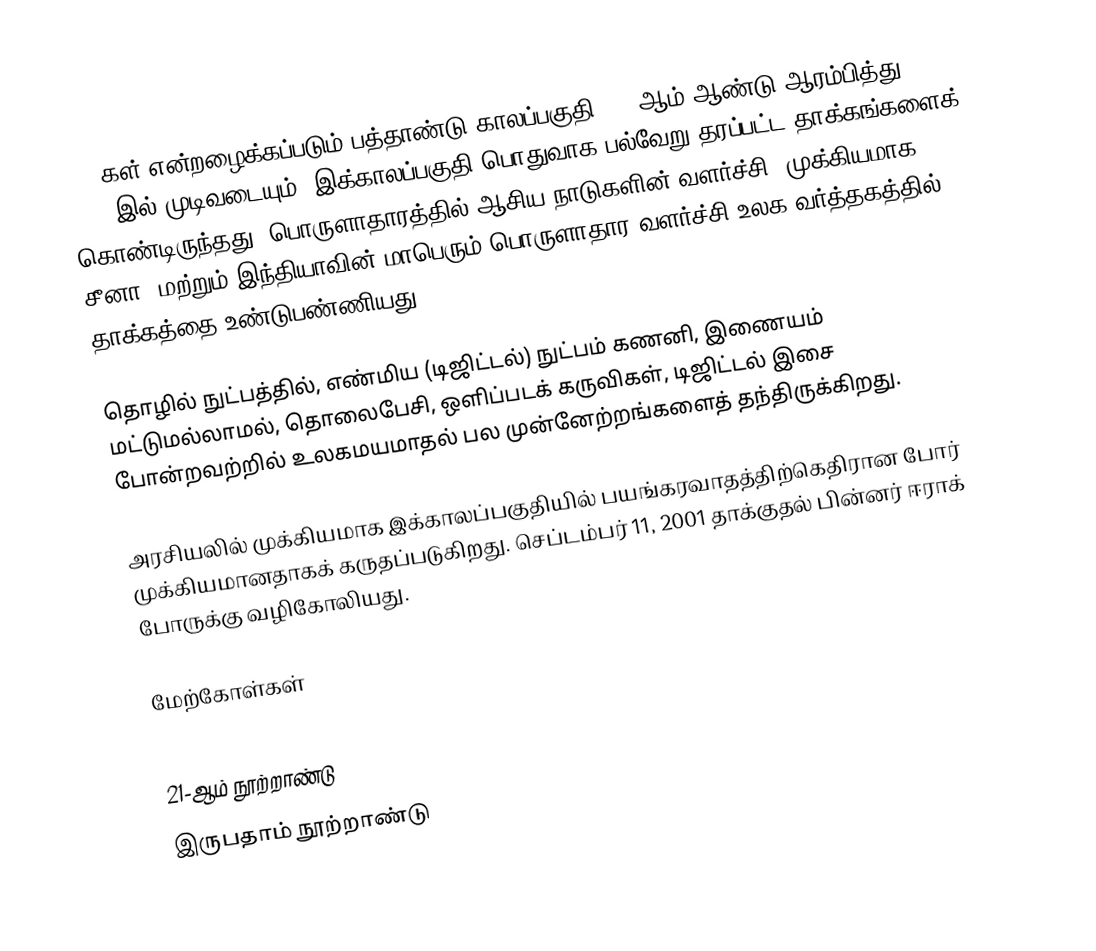
2000கள் என்றழைக்கப்படும் பத்தாண்டு காலப்பகுதி 2000ஆம் ஆண்டு ஆரம்பித்து 2009-இல் முடிவடையும். இக்காலப்பகுதி பொதுவாக பல்வேறு தரப்பட்ட தாக்கங்களைக் கொண்டிருந்தது. பொருளாதாரத்தில் ஆசிய நாடுகளின் வளர்ச்சி, முக்கியமாக சீனா, மற்றும் இந்தியாவின் மாபெரும் பொருளாதார வளர்ச்சி உலக வர்த்தகத்தில் தாக்கத்தை உண்டுபண்ணியது.

தொழில் நுட்பத்தில், எண்மிய (டிஜிட்டல்) நுட்பம் கணனி, இணையம் மட்டுமல்லாமல், தொலைபேசி, ஒளிப்படக் கருவிகள், டிஜிட்டல் இசை போன்றவற்றில் உலகமயமாதல் பல முன்னேற்றங்களைத் தந்திருக்கிறது.

அரசியலில் முக்கியமாக இக்காலப்பகுதியில் பயங்கரவாதத்திற்கெதிரான போர் முக்கியமானதாகக் கருதப்படுகிறது. செப்டம்பர் 11, 2001 தாக்குதல் பின்னர் ஈராக் போருக்கு வழிகோலியது.

மேற்கோள்கள்

21-ஆம் நூற்றாண்டு
இருபதாம் நூற்றாண்டு